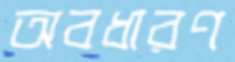
অবধারণ